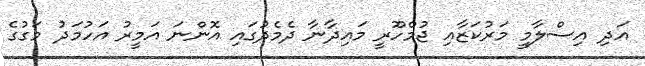
އަދި އިސްލާމީ މަރުކަޒާއި ޖުމްހޫރީ މައިދާނާ ދެމެދުގައި އޮންނަ އަމީރު އަހުމަދު މަގުގެ